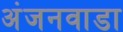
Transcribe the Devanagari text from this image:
अंजनवाडा